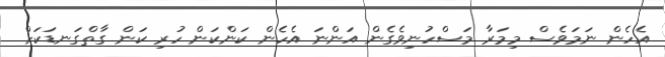
އެހެން ނަމަވެސް މިމަރާ މަސްހުނިވެގެން އަންނަ އެހެން ކަންކަން ހުރި ކަން ގާތްގަނޑަކަށް